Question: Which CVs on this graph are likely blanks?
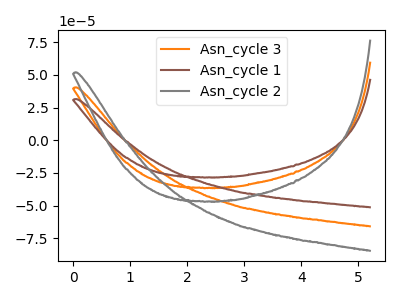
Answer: <think>The orange curve "Asn_cycle 3" has no peaks. The brown curve "Asn_cycle 1" has no peaks. The gray curve "Asn_cycle 2" has no peaks.</think>
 <answer>"Asn_cycle 3", "Asn_cycle 1" and "Asn_cycle 2" are likely to be blanks.</answer>
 <eval>"Asn_cycle 3", "Asn_cycle 1", "Asn_cycle 2"</eval>